Tartu_linnavalitsus, lk 88
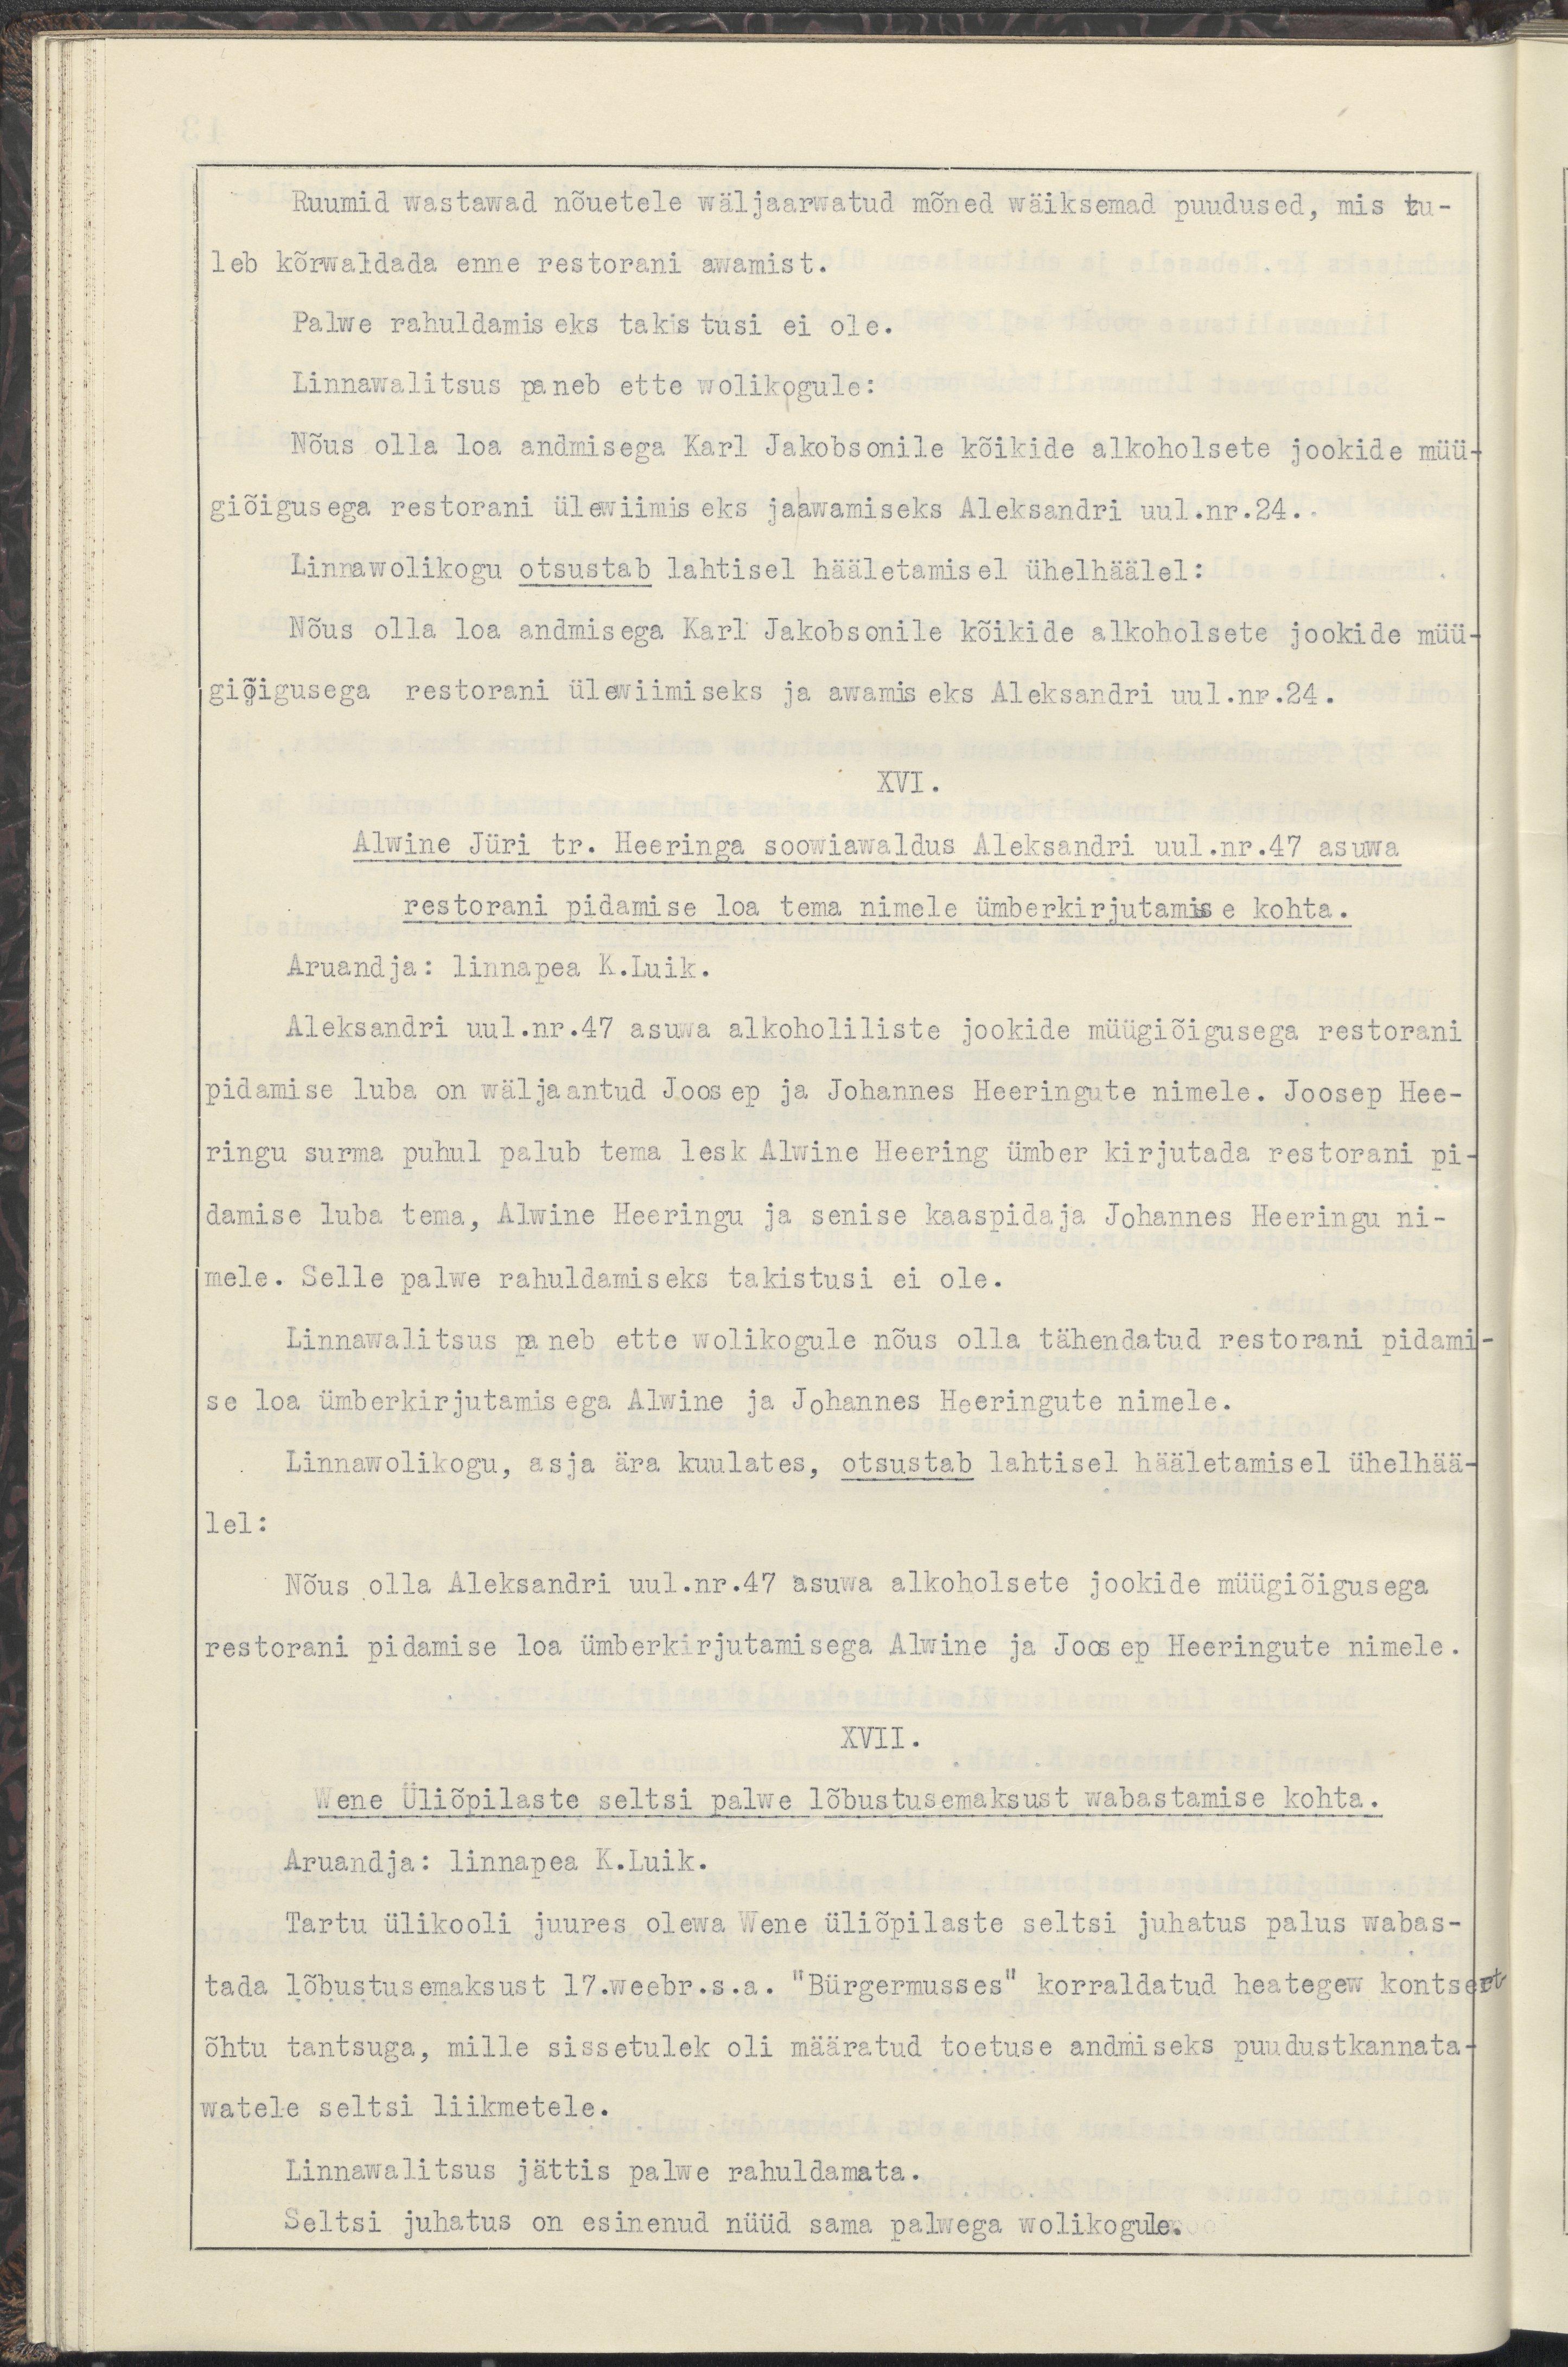
Ruumid wastawad mõuetele wäljaarwatud mõned wäiksemad puudused, mis tu-
leb kõrwaldada enne restorani awamist.
Palwe rahuldamiseks takistusi ei ole.
Linnawalitsus paneb ette wolikogule:
Nõus olla loa andmisega Karl Jakobsonile kõikide alkoholsete jookide müü-
giõigusega restorani ülewiimiseks jaawamiseks Aleksandri uul.nr.24.
Linnawolikogu otsustab lahtisel hääletamisel ühelhäälel:
Nõus olla loa andmisega Karl Jakobsonile kõikide alkoholsete jookide müü-
giõigusega restorani ülewiimiseks ja awamiseks Aleksandri uul.nr.24.
XVI.
Alwine Jüri tr. Heeringa soowiawaldus Aleksandri uul.nr.47 asuwa
restorani pidamise loa tema nimele ümberkirjutamise kohta.
Aruandja: linnapea K.Luik.
Aleksandri uul.nr.47 asuwa alkoholiliste jookide müügiõigusega restorani
pidamise luba on wäljaantud Joosep ja Johannes Heeringute nimele. Joosep Hee-
ringu surma puhul palub tema lesk Alwine Heering ümber kirjutada restorani pi-
damise luba tema, Alwine Heeringu ja senise kaaspidaja Johannes Heeringu ni-
mele. Selle palwe rahuldamiseks takistusi ei ole.
Linnawalitsus paneb ette wolikogule nõus olla tähendatud restorani pidami-
se loa ümberkirjutamisega Alwine ja Johannes Heeringute nimele.
Linnawolikogu, asja ära kuulates, otsustab lahtisel hääletamisel ühelhää-
lel:
Nõus olla Aleksandri uul.nr.47 asuwa alkoholsete jookide müügiõigusega
restorani pidamise loa ümberkirjutamisega Alwine ja Joosep Heeringute nimele.
XVII.
Wene Üliõpilaste seltsi palwe lõbustusemaksust wabastamise kohta.
Aruandja: linnapea K.Luik.
Tartu Ülikooli juures olewa Wene üliõpilaste seltsi juhatus palus wabas-
tada lõbustusemaksust 17.weebr.s.a. "Bürgermusses" korraldatud heategew kontsert
õhtu tantsuga, mille sissetulek oli määratud toetuse andmiseks puudustkannata-
watele seltsi liikmetele.
Linnawalitsus jättis palwe rahuldamata. 
Seltsi juhatus on esinenud nüüd sama palwega wolikogule.